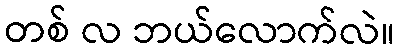
တစ် လ ဘယ်လောက်လဲ။